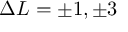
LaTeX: \Delta L = \pm 1 , \pm 3